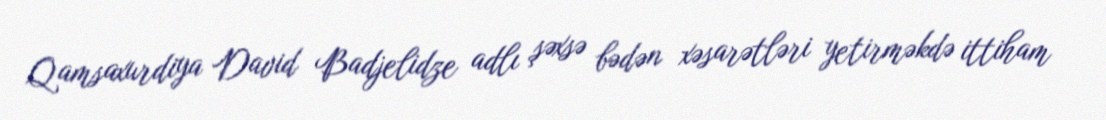
Qamsaxurdiya David Badjelidze adlı şəxsə bədən xəsarətləri yetirməkdə ittiham